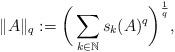
LaTeX: \begin{align*}\|A\|_q:=\bigg(\sum\limits_{k\in\mathbb{N}}s_k(A)^q\bigg)^{\frac{1}{q}},\end{align*}